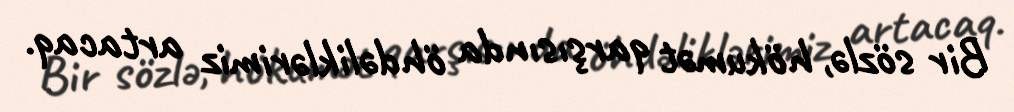
Bir sözlə, hökumət qarşısında öhdəliklərimiz artacaq.